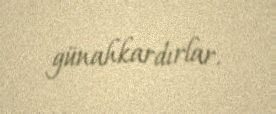
günahkardırlar.